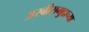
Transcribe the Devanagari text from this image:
अरबीसमुद्राच्या